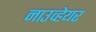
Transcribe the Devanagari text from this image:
नाउव्हेयर